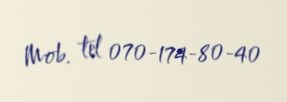
Mob. tel 070-174-80-40